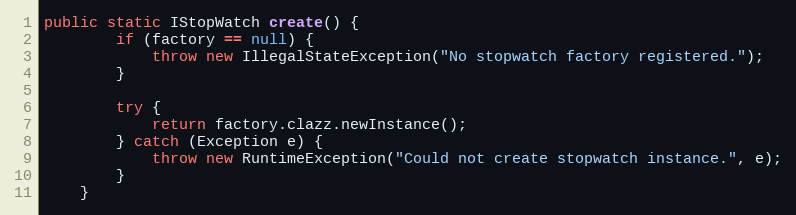
Language: Java
public static IStopWatch create() {
        if (factory == null) {
            throw new IllegalStateException("No stopwatch factory registered.");
        }

        try {
            return factory.clazz.newInstance();
        } catch (Exception e) {
            throw new RuntimeException("Could not create stopwatch instance.", e);
        }
    }